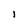
Character: 1